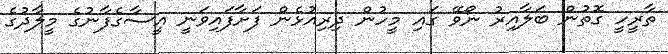
ތާރީހީ ގޮތުން ބަލާއިރު ނޯވޭ ގައި މީހުން ދިރިއުޅެން ފަށާފައިވަނީ އީސާގެފާނުގެ މީލާދުގެ